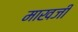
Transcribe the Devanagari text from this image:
माखजी